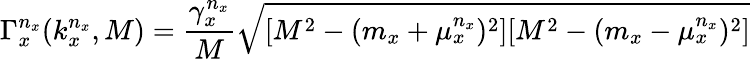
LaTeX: \Gamma_{x}^{n_{x}}(k_{x}^{n_{x}},M)={\frac{\gamma_{x}^{n_{x}}}{M}}\sqrt{[M^{2}-(m_{x}+\mu_{x}^{n_{x}})^{2}][M^{2}-(m_{x}-\mu_{x}^{n_{x}})^{2}]}